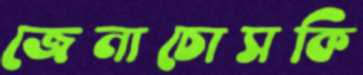
জেনাচোসকি